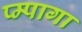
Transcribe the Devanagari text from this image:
प्म्पागा